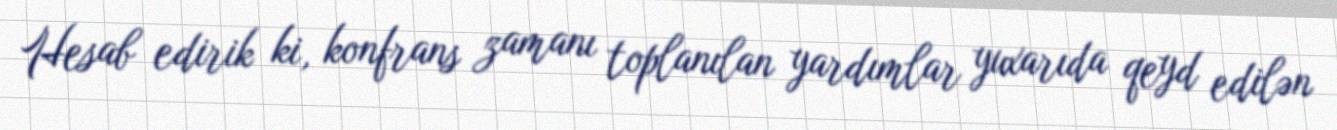
Hesab edirik ki, konfrans zamanı toplanılan yardımlar yuxarıda qeyd edilən